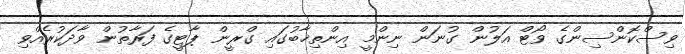
ވިސްކޮންސިންގެ ވޯޓް އަލުން ގުނަން ނިންމީ އިންތިޚާބުގައި ގްރީން ޕާޓީގެ ފަރާތުން ވާދަކުރެއްވި